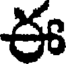
ఈ